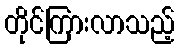
တိုင်ကြားလာသည့်